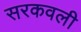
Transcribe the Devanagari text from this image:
सरकवली